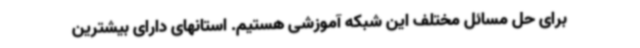
برای حل مسائل مختلف این شبکه آموزشی هستیم. استانهای دارای بیشترین